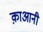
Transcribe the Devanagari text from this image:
क़ाआनी